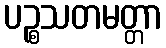
ပဉ္စသတမတ္တာ